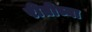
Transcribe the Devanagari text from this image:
रीतीच्या